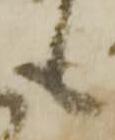
も